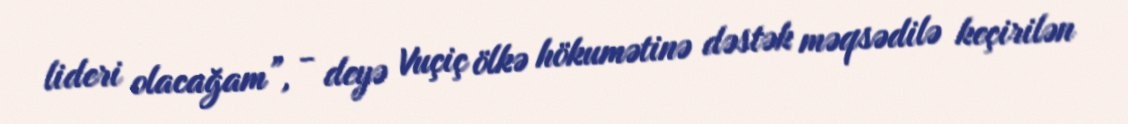
lideri olacağam”, - deyə Vuçiç ölkə hökumətinə dəstək məqsədilə keçirilən